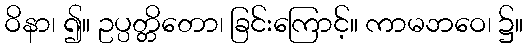
ဝိနာ၊ ၍။ ဥပ္ပတ္တိတော၊ ခြင်းကြောင့်။ ကာမဘဝေ၊ ၌။